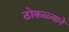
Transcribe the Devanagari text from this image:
ठोकळ्याने